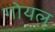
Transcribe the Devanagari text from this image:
गोयल्